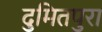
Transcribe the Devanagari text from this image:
दुमितपुरा